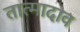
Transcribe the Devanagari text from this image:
तात्मादाव